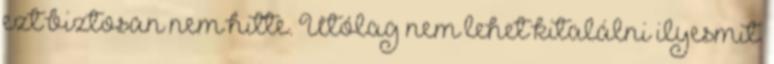
ezt biztosan nem hitte. Utólag nem lehet kitalálni ilyesmit.